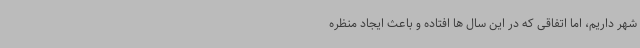
شهر داریم، اما اتفاقی که در این سال ها افتاده و باعث ایجاد منظره